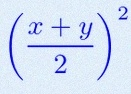
\left(\frac{x+y}{2}\right)^2